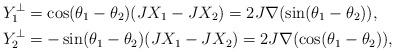
LaTeX: \begin{align*}Y_1^{\perp}&=\cos(\theta_1-\theta_2)(JX_1-JX_2)=2J\nabla(\sin(\theta_1-\theta_2)),\\ Y_2^{\perp}&=-\sin(\theta_1-\theta_2)(JX_1-JX_2)=2J\nabla(\cos(\theta_1-\theta_2)),\end{align*}